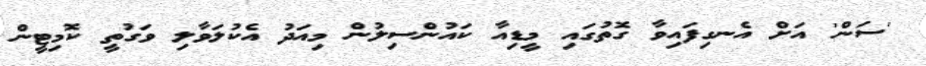
'ސަން' އަށް އެނގިފައިވާ ގޮތުގައި މީޑިއާ ކައުންސިލުން މިއަދު އެކުލަވާލި ވަގުތީ ކޮމިޓީން